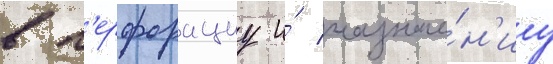
в п'ерфорациу и́ назначе́н'иу